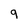
Character: 9